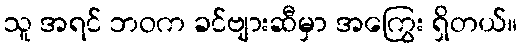
သူ အရင် ဘဝက ခင်ဗျားဆီမှာ အကြွေး ရှိတယ်။